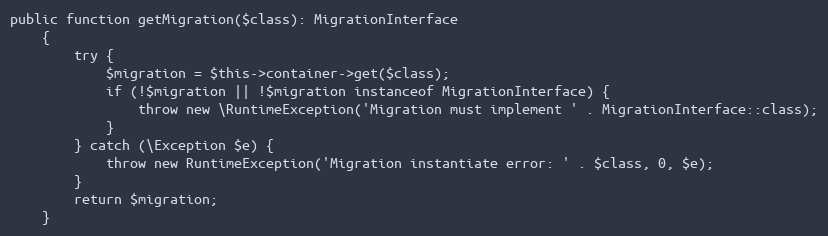
Language: PHP
public function getMigration($class): MigrationInterface
    {
        try {
            $migration = $this->container->get($class);
            if (!$migration || !$migration instanceof MigrationInterface) {
                throw new \RuntimeException('Migration must implement ' . MigrationInterface::class);
            }
        } catch (\Exception $e) {
            throw new RuntimeException('Migration instantiate error: ' . $class, 0, $e);
        }
        return $migration;
    }